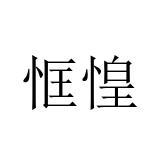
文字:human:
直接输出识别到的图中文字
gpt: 恇惶